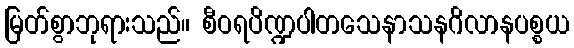
မြတ်စွာဘုရားသည်။ စီဝရပိဏ္ဍပါတသေနာသနဂိလာနပစ္စယ